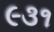
૯૩૧